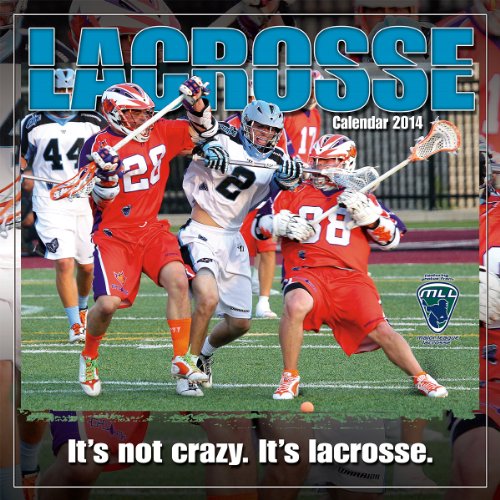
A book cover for Lacrosse 2014 Wall (calendar); bCreative; Sports & Outdoors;